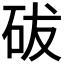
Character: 𥑕